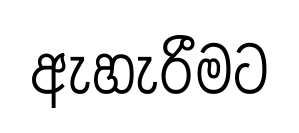
ඇහැරීමට